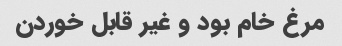
مرغ خام بود و غیر قابل خوردن